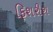
ફિશરીશ